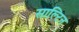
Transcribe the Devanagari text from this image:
साल्टिन